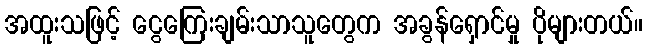
အထူးသဖြင့် ငွေကြေးချမ်းသာသူတွေက အခွန်ရှောင်မှု ပိုများတယ်။